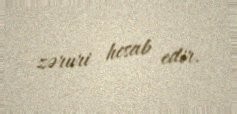
zəruri hesab edir.